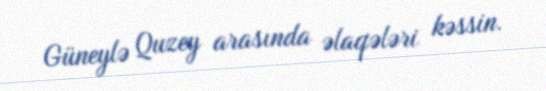
Güneylə Quzey arasında əlaqələri kəssin.